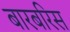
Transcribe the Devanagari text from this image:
बारबरिस